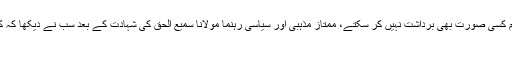
سینیٹر مولانا عبدالغفور حیدری نے کہا کہ توہین رسالتؐ کو ہم کسی صورت بھی برداشت نہیں کر سکتے، ممتاز مذہبی اور سیاسی رہنما مولانا سمیع الحق کی شہادت کے بعد سب نے دیکھا کہ کسی قسم کا کوئی پرتشدد احتجاج نہیں ہوا اور نہ ہی املاک کو
نقصان پہنچایا گیا۔